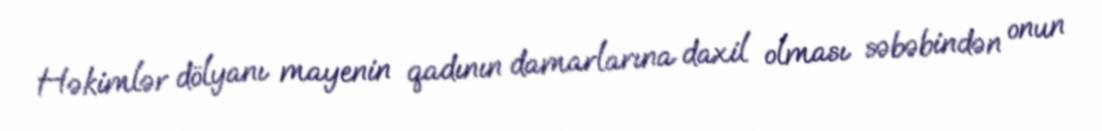
Həkimlər dölyanı mayenin qadının damarlarına daxil olması səbəbindən onun